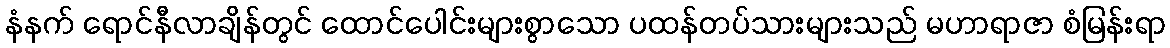
နံနက် ရောင်နီလာချိန်တွင် ထောင်ပေါင်းများစွာသော ပထန်တပ်သားများသည် မဟာရာဇာ စံမြန်းရာ